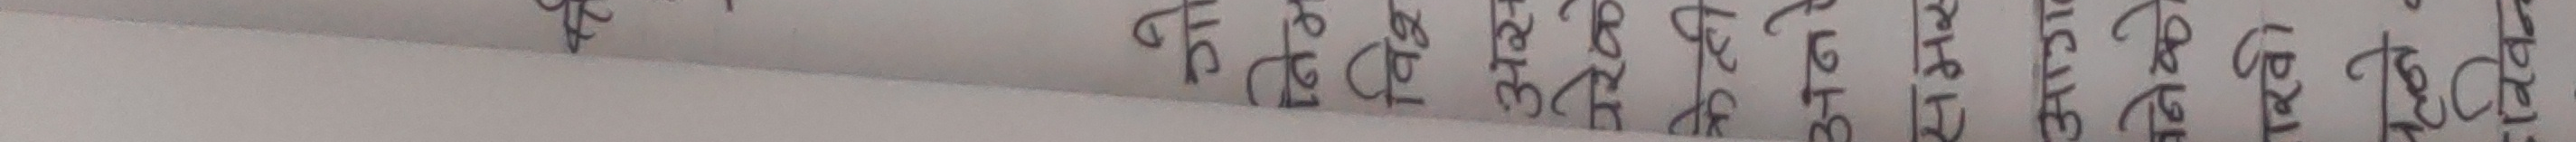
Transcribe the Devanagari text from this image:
लेर जान्छु